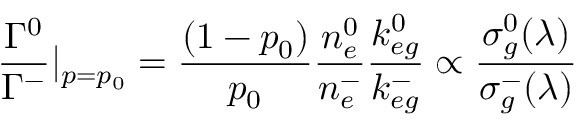
\frac { \Gamma ^ { 0 } } { \Gamma ^ { - } } | _ { p = p _ { 0 } } = \frac { ( 1 - p _ { 0 } ) } { p _ { 0 } } \frac { n _ { e } ^ { 0 } } { n _ { e } ^ { - } } \frac { k _ { e g } ^ { 0 } } { k _ { e g } ^ { - } } \propto \frac { \sigma _ { g } ^ { 0 } ( \lambda ) } { \sigma _ { g } ^ { - } ( \lambda ) }